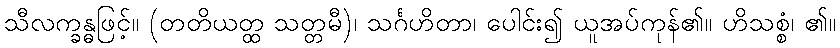
သီလက္ခန္ဓဖြင့်။ (တတိယတ္ထ သတ္တမီ)၊ သင်္ဂဟိတာ၊ ပေါင်း၍ ယူအပ်ကုန်၏။ ဟိသစ္စံ၊ ၏။